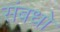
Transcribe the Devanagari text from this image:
संबधो